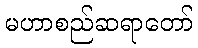
မဟာစည်ဆရာတော်